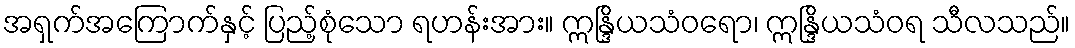
အရှက်အကြောက်နှင့် ပြည့်စုံသော ရဟန်းအား။ ဣန္ဒြိယသံဝရော၊ ဣန္ဒြိယသံဝရ သီလသည်။